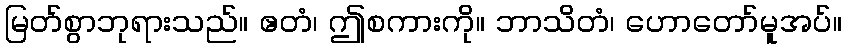
မြတ်စွာဘုရားသည်။ ဧတံ၊ ဤစကားကို။ ဘာသိတံ၊ ဟောတော်မူအပ်။